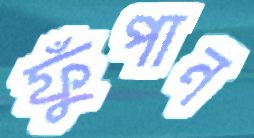
ফুঁপান